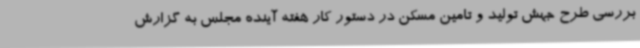
بررسی طرح جهش تولید و تامین مسکن در دستور کار هفته آینده مجلس به گزارش